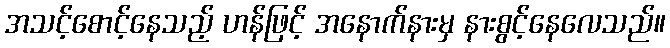
အသင့်စောင့်နေသည့် ဟန်ဖြင့် အနောက်နားမှ နားစွင့်နေလေသည်။